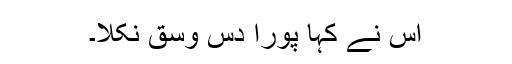
اس نے کہا پورا دس وسق نکلا۔